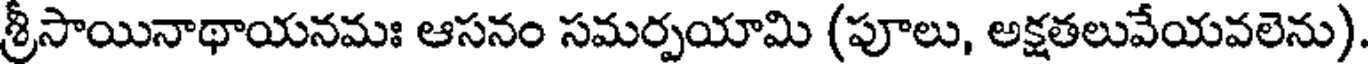
శ్రీసాయినాథాయనమః ఆసనం సమర్పయామి (పూలు, అక్షతలువేయవలెను)